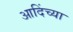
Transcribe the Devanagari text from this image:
आदिंच्या